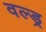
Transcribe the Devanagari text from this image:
वल्ड्र